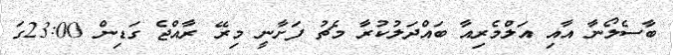
ބާސެލޯނާ އާއި އަލްމެރިއާ ބައްދަލުކުރާ މެޗު ފަށާނީ މިރޭ ރާއްޖެ ގަޑިން 23:00ގަ